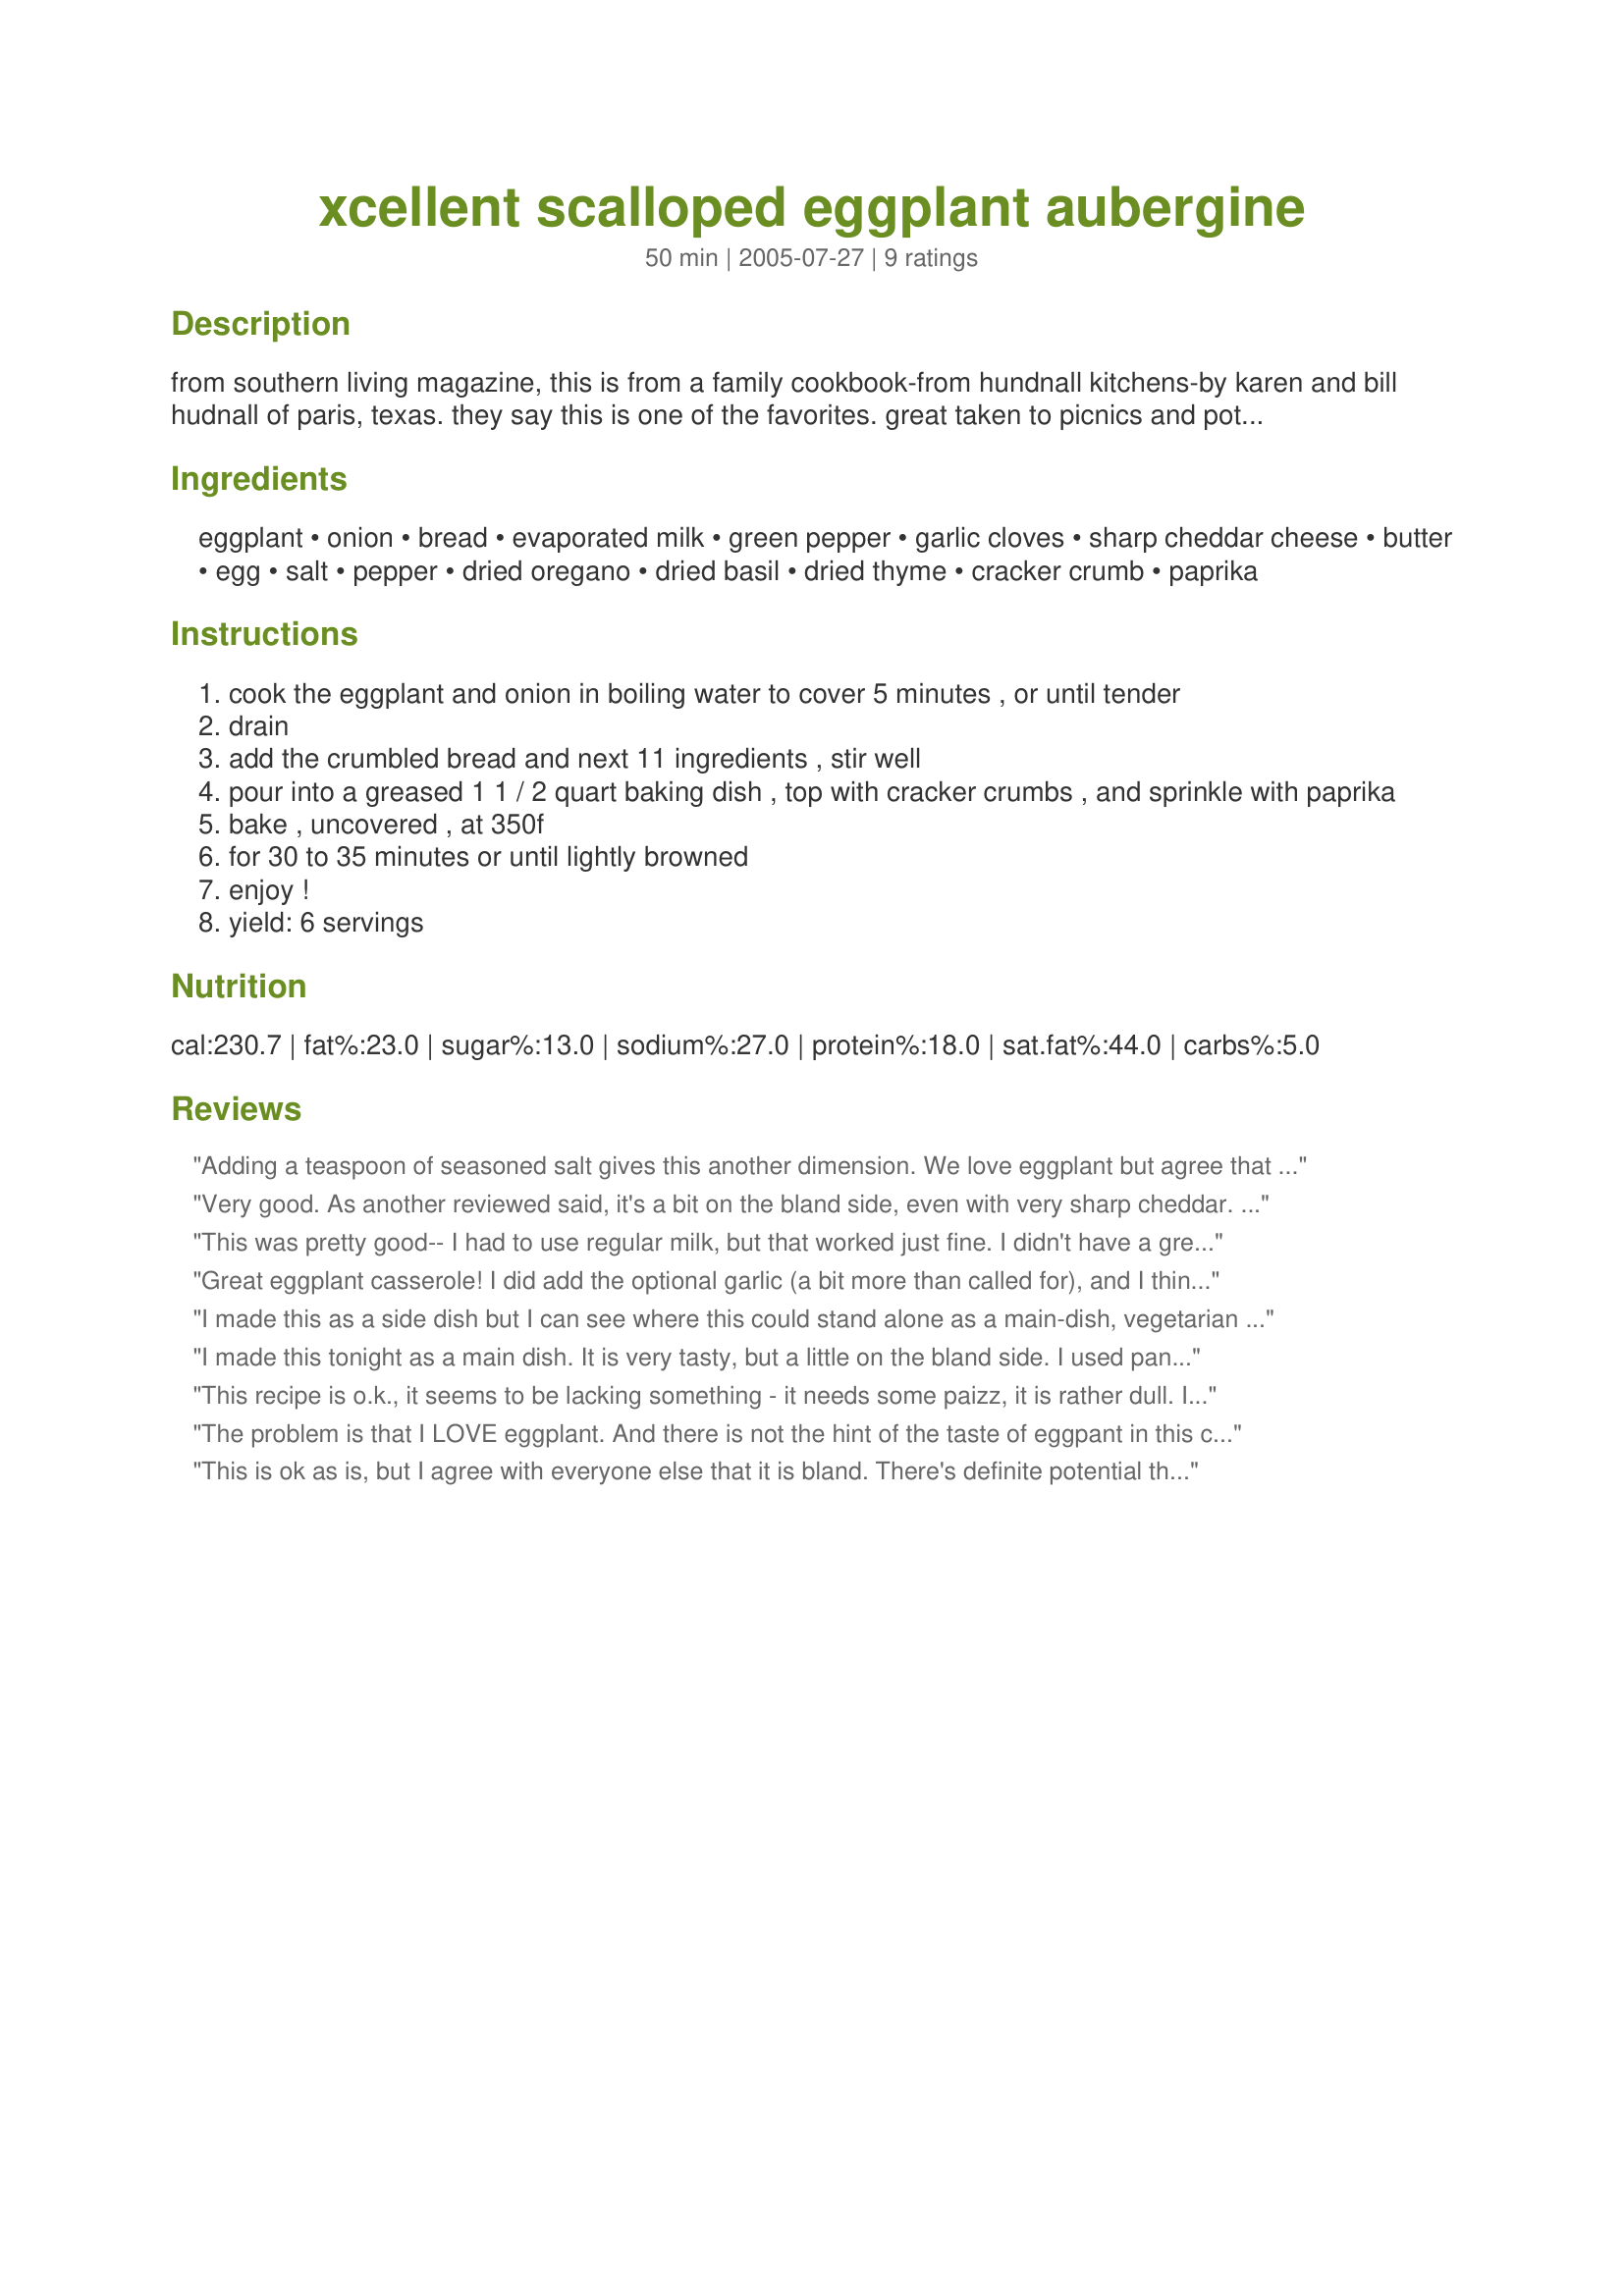
xcellent scalloped eggplant aubergine
Preparation time: 50 minutes

from southern living magazine, this is from a family cookbook-from hundnall kitchens-by karen and bill hudnall of paris, texas. they say this is one of the favorites. great taken to picnics and potlucks!
update:
due to reviews, i have added some additional spices to this recipe. i hope you enjoy!

Ingredients:
eggplant, onion, bread, evaporated milk, green pepper, garlic cloves, sharp cheddar cheese, butter, egg, salt, pepper, dried oregano, dried basil, dried thyme, cracker crumb, paprika

Steps:
cook the eggplant and onion in boiling water to cover 5 minutes , or until tender
drain
add the crumbled bread and next 11 ingredients , stir well
pour into a greased 1 1 / 2 quart baking dish , top with cracker crumbs , and sprinkle with paprika
bake , uncovered , at 350f
for 30 to 35 minutes or until lightly browned
enjoy !
yield: 6 servings

Reviews:
Adding a teaspoon of seasoned salt gives this another dimension. We love eggplant but agree that it can be bland tasting. I also like sharp white cheddar instead of yellow cheddar. It has a more pungent taste. This recipe is a welcome change from making only eggplant parmigiana.
Very good. As another reviewed said, it's a bit on the bland side, even with very sharp cheddar. But it's a nice change from other more spicy eggplant side dishes.
This was pretty good-- I had to use regular milk, but that worked just fine. I didn't have a green pepper so I used a can of diced green chilis. Thanks for posting!
Great eggplant casserole! I did add the optional garlic (a bit more than called for), and I think I used a little extra cheese, too. It's a great casserole for a main dish or a side. I will make this again; thanx!
I made this as a side dish but I can see where this could stand alone as a main-dish, vegetarian meal. It's SO delicious and smells wonderful while cooking. I made this exactly as written except that I used panko bread crumbs in place of the cracker crumbs. This is very tasty, easy to make, recipe is well-written. Thanks so much for sharing this recipe Sharon, my family loved it :)
I made this tonight as a main dish. It is very tasty, but a little on the bland side. I used panko on the top also but I think next time I make it (and I will) I might add a little garlic. Otherwise, the consistency, etc. was great. We had toasted pita wedges with it and a salad for a nice low fat vegetarian meal. Thanks for this recipe.
This recipe is o.k., it seems to be lacking something - it needs some paizz, it is rather dull. It also has a lot of ingredients for a side dish.
The problem is that I LOVE eggplant. And there is not the hint of the taste of eggpant in this casserole. (Made with the seasoned salt recommended by some reviewers, and the herbs added by the author.)
This is ok as is, but I agree with everyone else that it is bland. There's definite potential there though. It would be great if some creative cook could help with seasoning this one.
